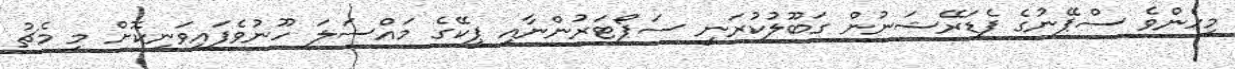
މިހެންވެ ސްޕޭނުގެ ފެޑަރޭޝަނުން ގަބޫލުކުރަނީ ސަޕޯޓަރުންނާއި ޕީކޭގެ މައްސަލަ ހޫނުވެފައިވަނިކޮށް މި މެޗު